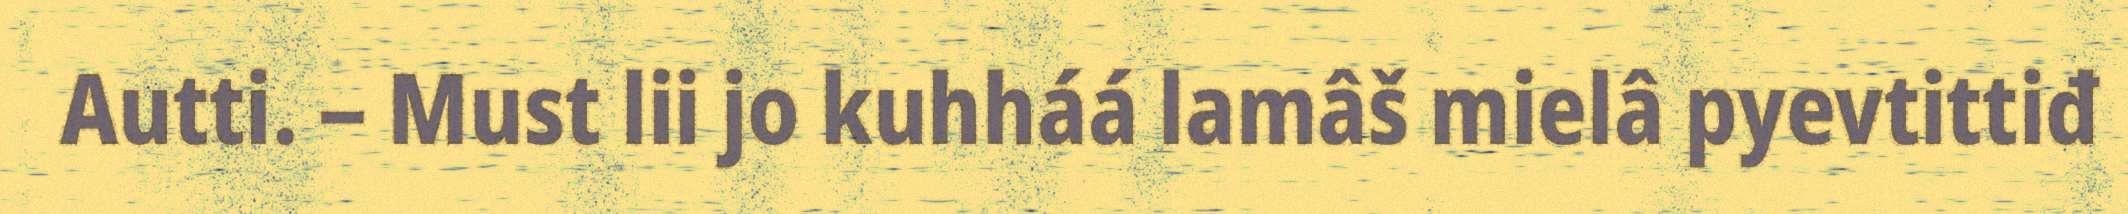
Autti. – Must lii jo kuhháá lamâš mielâ pyevtittiđ